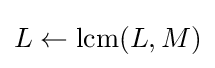
L\leftarrow \operatorname {lcm} (L,M)